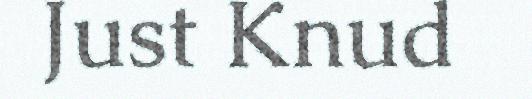
Just Knud